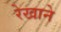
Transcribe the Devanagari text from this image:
रेखाने